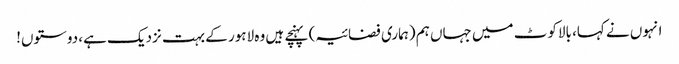
انہوں نے کہا، بالاکوٹ میں جہاں ہم (ہماری فضائیہ) پہنچے ہیں وہ لاہور کے بہت نزدیک ہے، دوستوں!